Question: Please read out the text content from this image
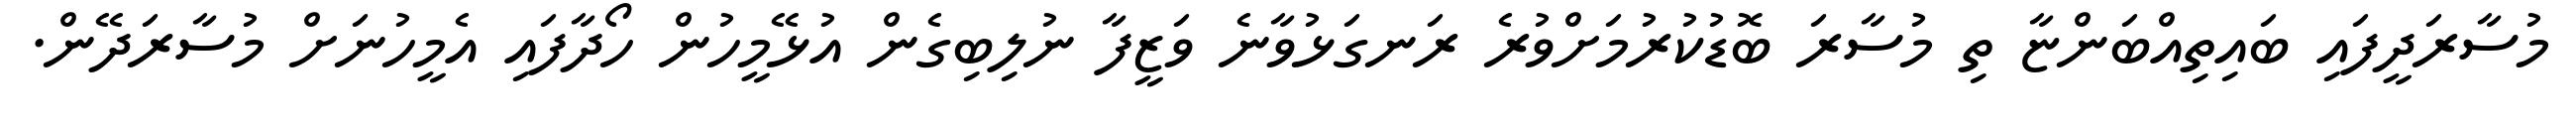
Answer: މުސާރަދީފައި ބައިތިއްބަންޏާ ތި މުސާރަ ބޮޑުކުރުމަށްވުރެ ރަނގަޅުވާނެ ވަޒީފާ ނުލިބިގެން އުޅޭމީހުން ހޯދާފައި އެމީހުނަށް މުސާރަދޭން.